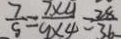
\frac { 7 } { 5 } = \frac { 7 \times 4 } { 9 \times 4 } = \frac { 2 8 } { 3 6 }